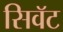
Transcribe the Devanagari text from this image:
सिवॅट